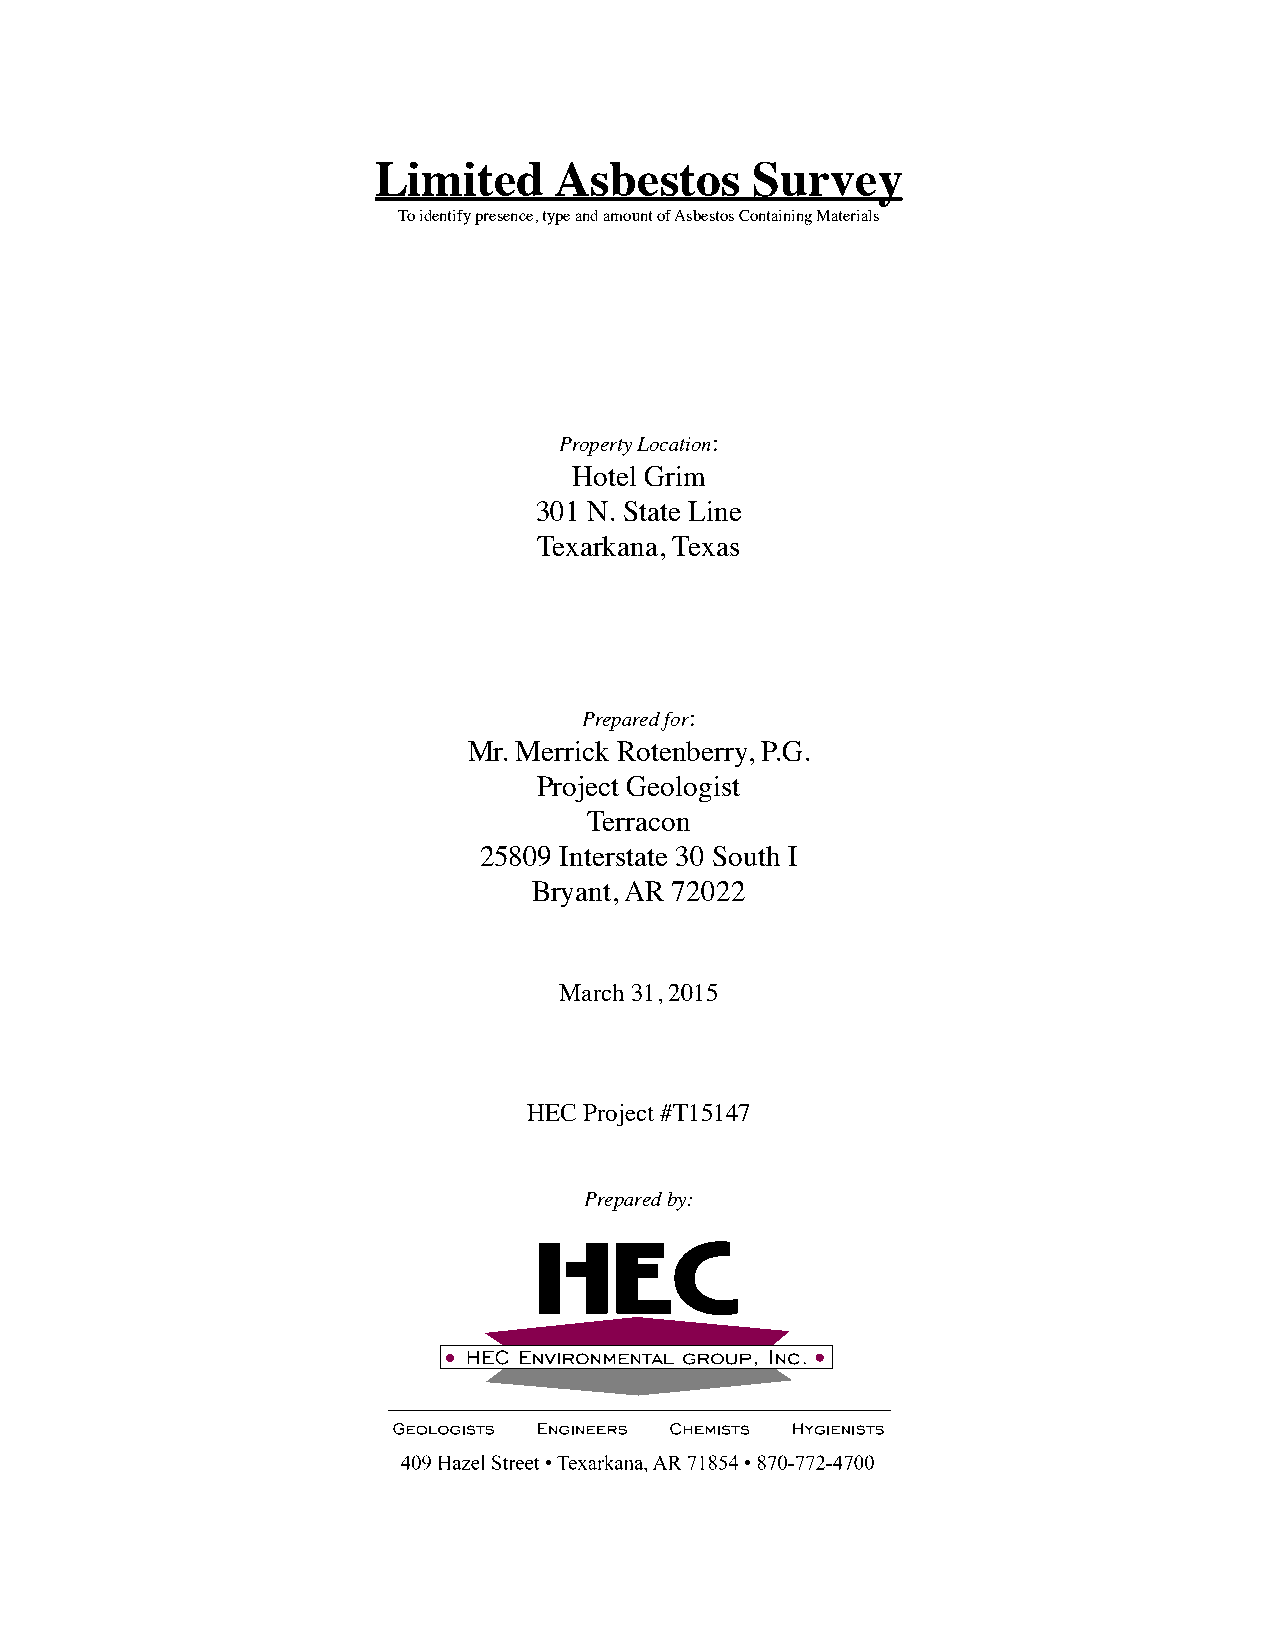
Limited     Asbestos     Survey
 To identify presence, type and amount of Asbestos Containing Materials
 Property Location:
 Hotel Grim
 301 N. State Line
 Texarkana, Texas
 Prepared for:
 Mr. Merrick Rotenberry, P.G.
 Project Geologist
 Terracon
 25809 Interstate 30 South I
 Bryant, AR 72022
 March 31, 2015
 HEC Project #T15147
 Prepared by: